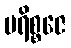
ပရိစ္စဇေ